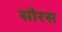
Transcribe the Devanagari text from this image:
सौरस